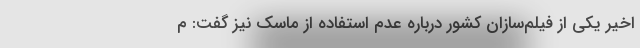
اخیر یکی از فیلم‌سازان کشور درباره عدم استفاده از ماسک نیز گفت: م